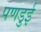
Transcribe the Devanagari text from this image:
पणडुई